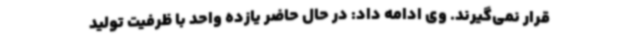
قرار نمی‌گیرند. وی ادامه داد: در حال حاضر یازده واحد با ظرفیت تولید